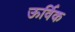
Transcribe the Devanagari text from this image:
ऊर्विक